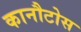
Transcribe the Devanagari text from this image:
कानौटोस